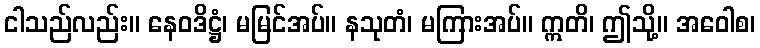
ငါသည်လည်း။ နေဝဒိဋ္ဌံ၊ မမြင်အပ်။ နသုတံ၊ မကြားအပ်။ ဣတိ၊ ဤသို့။ အဝေါစ၊